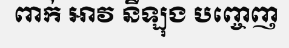
ពាក់ អាវ នីឡុង បញ្ចេញ